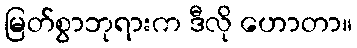
မြတ်စွာဘုရားက ဒီလို ဟောတာ။